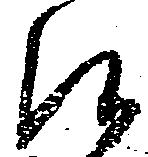
候